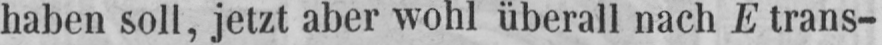
haben soll, jetzt aber wohl überall nach E trans-